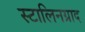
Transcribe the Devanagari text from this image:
स्टालिनग्राद